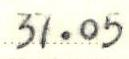
37.05